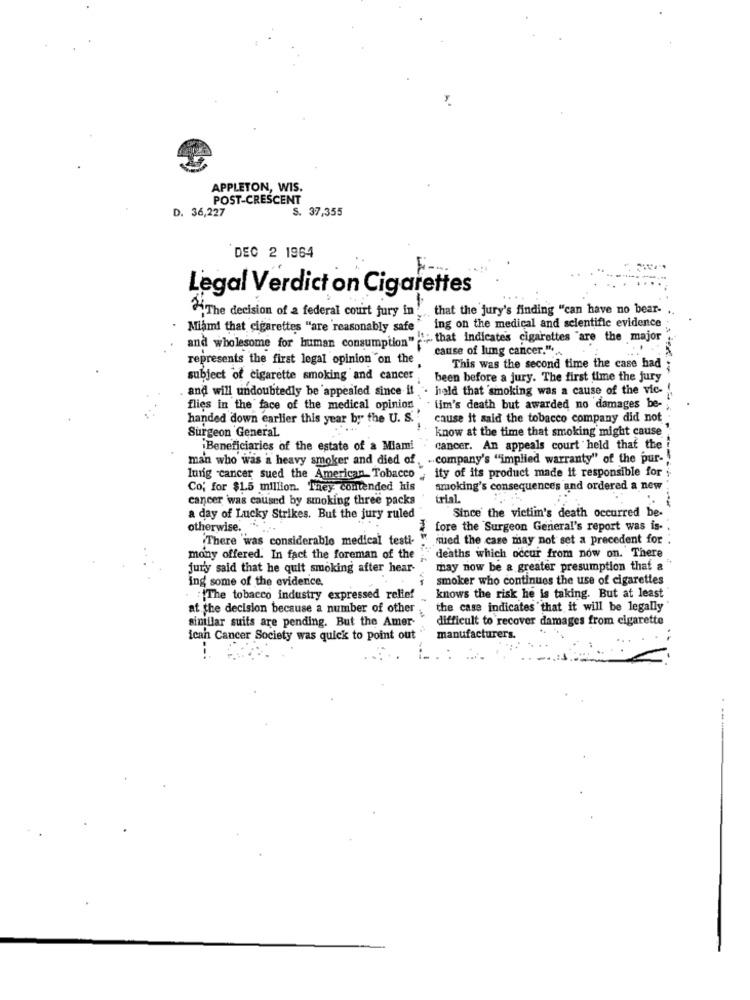
APPLETON, WIS.
POST-CRESCENT
D. 36,227
S. 37,355
DEC 2 1964
Legal Verdict on Cigarettes
-
....
that the jury's finding "can have no bear-
"The decision of a federal court jury in
ing on the medical and scientific evidence
Miami that cigarettes "are reasonably safe
n" ""; that indicates cigarettes "are the major
and wholesome for human consumption""
cause of lung cancer." ..
represents the first legal opinion on the
This was the second time the case had
subject of cigarette smoking and cancer
been before a jury. The first time the jury
and will undoubtedly be appealed since it
hold that smoking was a cause of the vic-
flies in the face of the medical opinion . tim's death but awarded no damages be-
handed down earlier this year by the U. S.
cause it said the tobacco company did not
Surgeon General.
know at the time that smoking might cause
Beneficiaries of the estate of a Miami
cancer. An appeals court held that the
man who was a heavy smoker and died of. .. company's "implied warranty" of the pur-
lung cancer sued the American Tobacco _ ity of its product made it responsible for
Co; for $1.5 million. They contended his
smoking's consequences and ordered a new
cancer was caused by smoking three packs
trial.
a day of Lucky Strikes. But the jury ruled
Since the victiin's death occurred be-
otherwise. " ...
fore the Surgeon General's report was is-
There was considerable medical testi-
sued the case may not set a precedent for .
mony offered. In fact the foreman of the
deaths which occur from now on. There
jury said that he quit smoking after hear-
may now be a greater presumption that a
smoker who continues the use of cigarettes
ing some of the evidence.
The tobacco industry expressed relief ..
knows the risk he is taking. But at least
at the decision because a number of other
the case indicates that it will be legally
sinillar suits are pending. But the Amer-
difficult to recover damages from cigarette
ican Cancer Society was quick to point out
manufacturers.
---